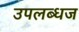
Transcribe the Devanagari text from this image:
उपलब्धज